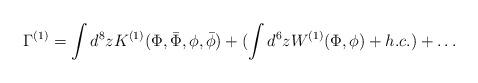
LaTeX: \begin{align*}\Gamma^{(1)}=\int d^8 z K^{(1)}(\Phi,\bar{\Phi},\phi,\bar{\phi}) +(\int d^6 z W^{(1)}(\Phi,\phi)+h.c.)+\ldots\end{align*}